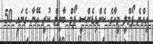
އިއްޔެ ފޯމްލީ މީހާގެ ކެންޑިޑެންސީ ފޯމް ބާތިލް ކުރީ އޭނާ ގެނައި 50